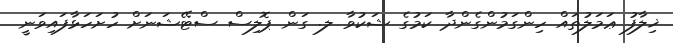
ޚިލާފު ޢަމަލުތައް ހިންގަމުންގެންދާ ކަމުގެ ޝަކުވާ ލ. ގަން ޕޮލިސް ސްޓޭޝަނަށް ހުށަހަޅާފައިވަނީ